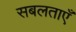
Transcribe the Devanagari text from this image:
सबलताएँ